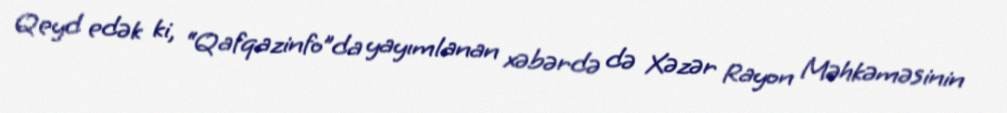
Qeyd edək ki, “Qafqazinfo”da yayımlanan xəbərdə də Xəzər Rayon Məhkəməsinin